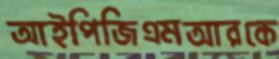
আইপিজিএমআরকে